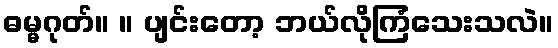
ဓမ္မဂုတ်။ ။ ပျင်းတော့ ဘယ်လိုကြံသေးသလဲ။